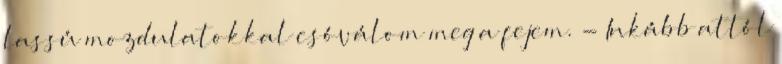
lassú mozdulatokkal csóválom meg a fejem. - Inkább attól